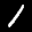
Label: 1